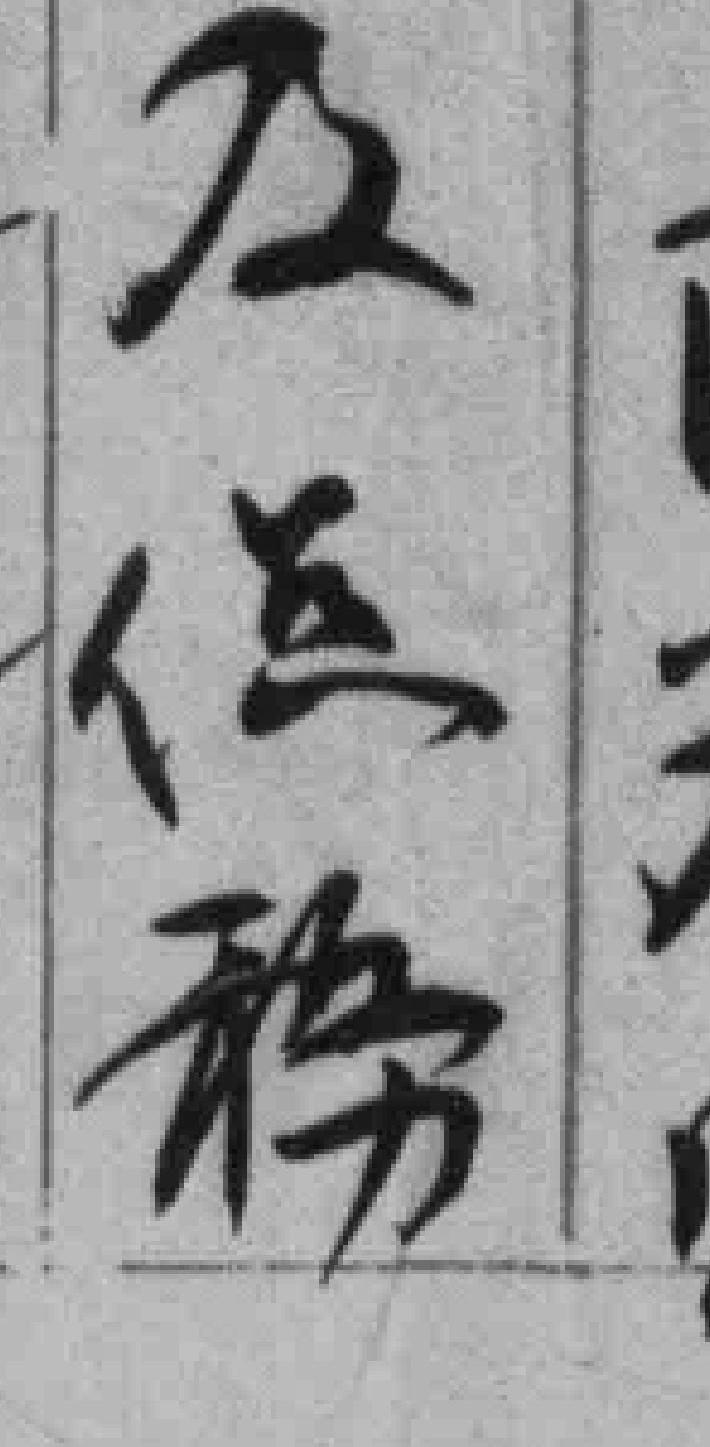
及*務